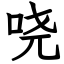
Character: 哓